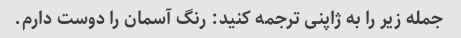
جمله زیر را به ژاپنی ترجمه کنید: رنگ آسمان را دوست دارم.